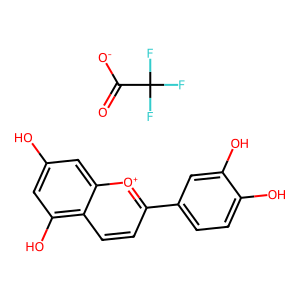
SMILES: O=C([O-])C(F)(F)F.Oc1cc(O)c2ccc(-c3ccc(O)c(O)c3)[o+]c2c1
Inhibits HIV replication: No